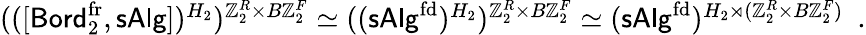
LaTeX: \begin{array}{r}{(([{\mathsf{Bord}}_{2}^{\operatorname{fr}},{\mathsf{sAlg}}])^{H_{2}})^{\mathbb{Z}_{2}^{R}\times B\mathbb{Z}_{2}^{F}}\simeq(({\mathsf{sAlg}}^{\mathrm{fd}})^{H_{2}})^{\mathbb{Z}_{2}^{R}\times B\mathbb{Z}_{2}^{F}}\simeq({\mathsf{sAlg}}^{\mathrm{fd}})^{{H_{2}}\rtimes(\mathbb{Z}_{2}^{R}\times B\mathbb{Z}_{2}^{F})}\ \ .}\end{array}